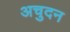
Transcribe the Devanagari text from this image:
अचुदन